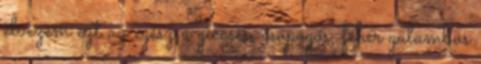
élvezem ezt az egész a giccses, csöpögős, fehér galambos